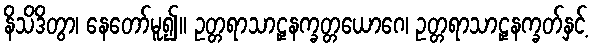
နိသိဒိတွာ၊ နေတော်မူ၍။ ဥတ္တရာသာဠှနက္ခတ္တယောဂေ၊ ဥတ္တရာသာဠှနက္ခတ်နှင့်